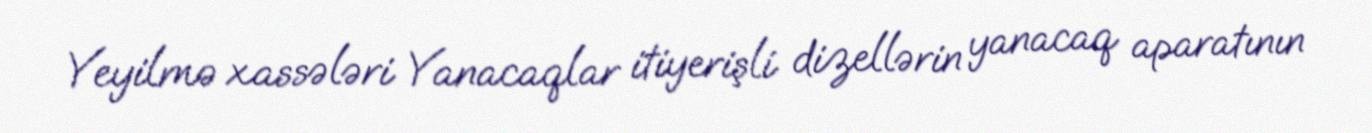
Yeyilmə xassələri Yanacaqlar itiyerişli dizellərin yanacaq aparatının